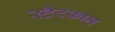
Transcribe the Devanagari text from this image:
स्टैटकाम